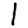
Digit: 1